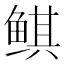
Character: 鲯